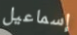
إسماعيل